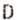
D